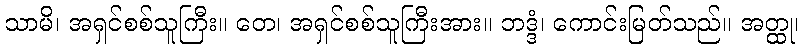
သာမိ၊ အရှင်စစ်သူကြီး။ တေ၊ အရှင်စစ်သူကြီးအား။ ဘဒ္ဒံ၊ ကောင်းမြတ်သည်။ အတ္ထု၊